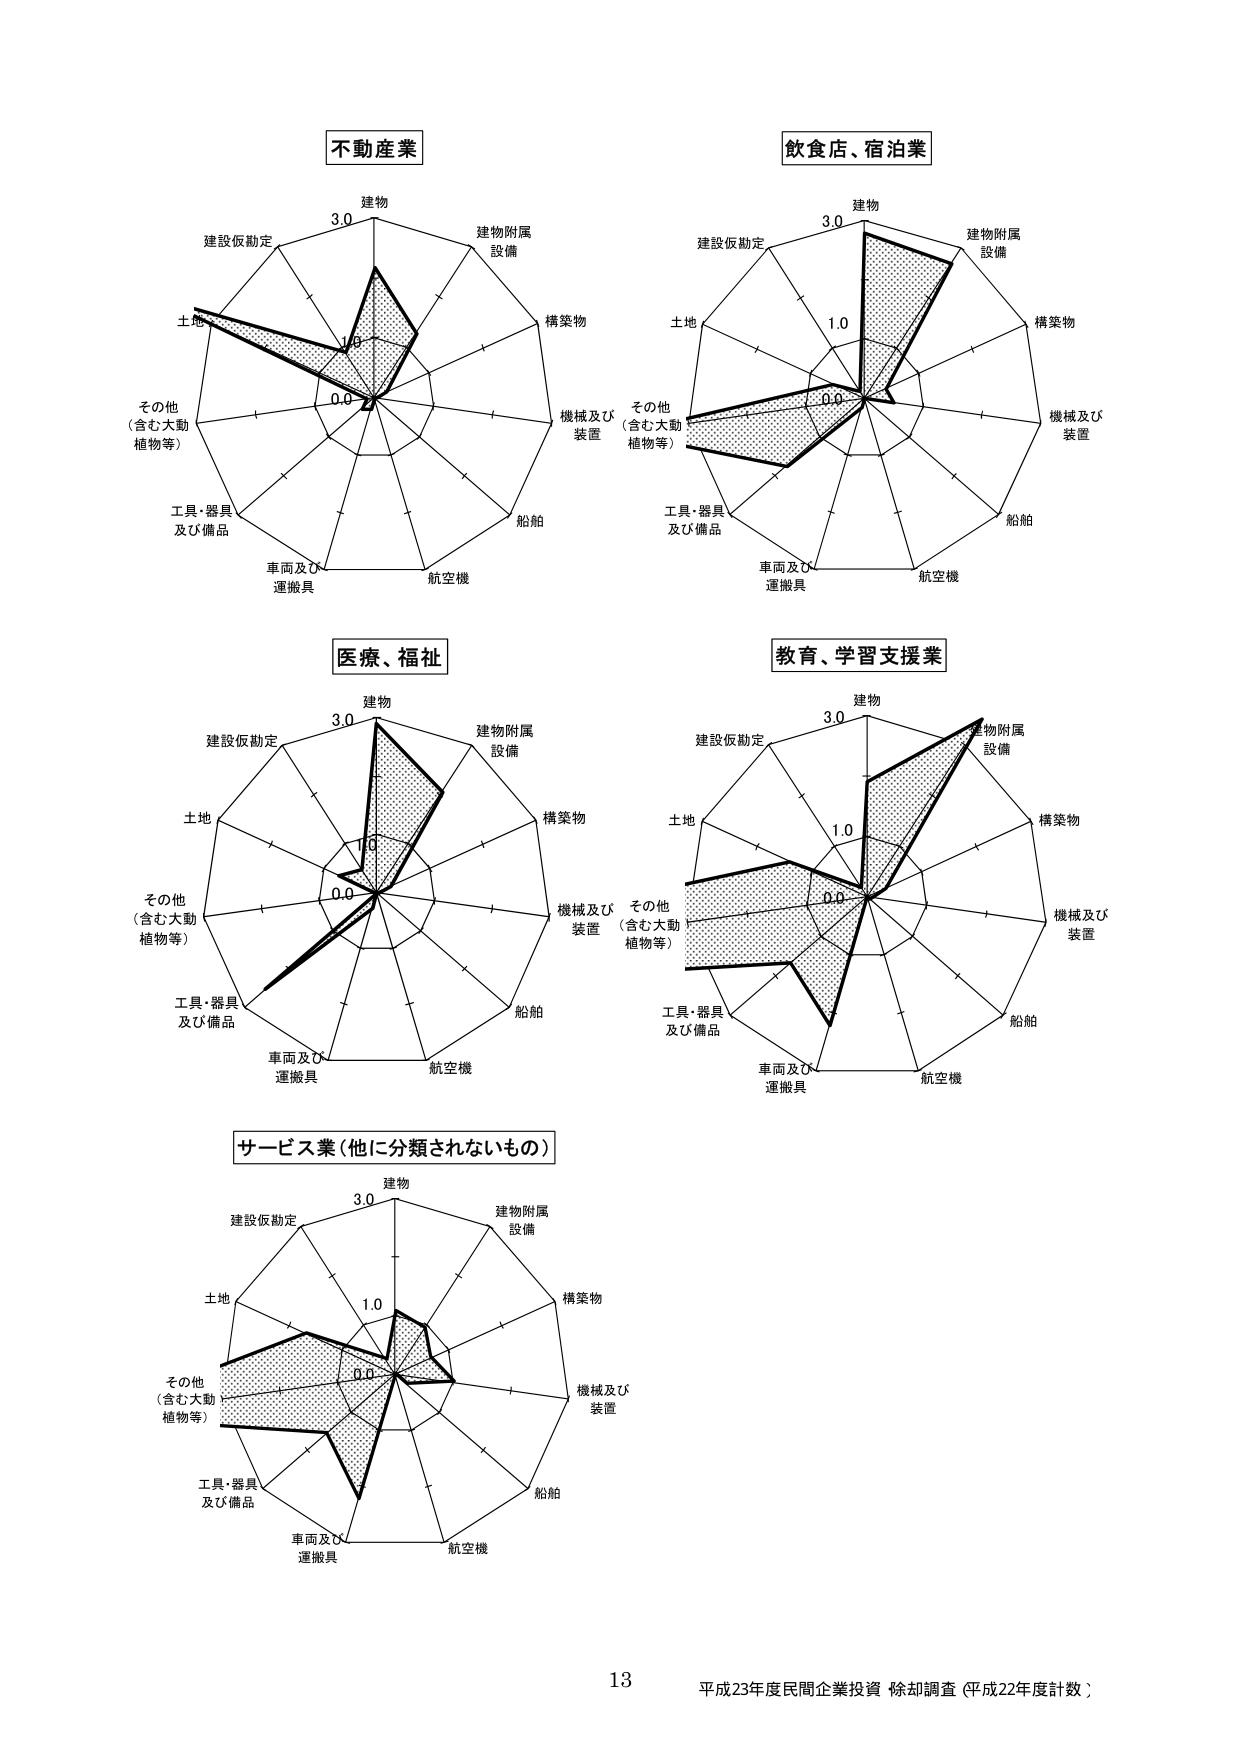
不動産業
建物
建設仮勘定
土地
その他（含む大動植物等）
工具・器具及び備品
車両及び運搬具
航空機
船舶
機械及び装置
構築物
建物附属設備
3.0
1.0
0.0

飲食店、宿泊業
建物
建設仮勘定
土地
その他（含む大動植物等）
工具・器具及び備品
車両及び運搬具
航空機
船舶
機械及び装置
構築物
建物附属設備
3.0
1.0
0.0

医療、福祉
建物
建設仮勘定
土地
その他（含む大動植物等）
工具・器具及び備品
車両及び運搬具
航空機
船舶
機械及び装置
構築物
建物附属設備
3.0
1.0
0.0

教育、学習支援業
建物
建設仮勘定
土地
その他（含む大動植物等）
工具・器具及び備品
車両及び運搬具
航空機
船舶
機械及び装置
構築物
建物附属設備
3.0
1.0
0.0

サービス業（他に分類されないもの）
建物
建設仮勘定
土地
その他（含む大動植物等）
工具・器具及び備品
車両及び運搬具
航空機
船舶
機械及び装置
構築物
建物附属設備
3.0
1.0
0.0

13
平成23年度民間企業投資 除却調査（平成22年度計数）